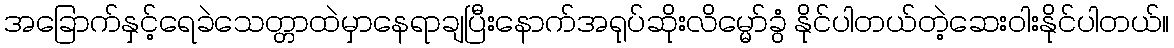
အခြောက်နှင့်ရေခဲသေတ္တာထဲမှာနေရာချပြီးနောက်အရုပ်ဆိုးလိမ္မော်ခွံ နိုင်ပါတယ်တဲ့ဆေးဝါးနိုင်ပါတယ်။